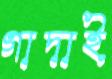
গাদাই